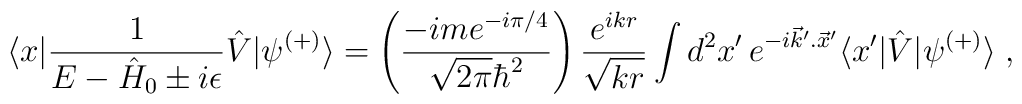
\langle x|\frac{1}{E-\hat H_0\pm i\epsilon}\hat V|\psi^{(+)}\rangle=        \left(        \frac{-ime^{-i\pi/4}}{\sqrt{2\pi}\hbar^2}\right)\frac{e^{ikr}}{        \sqrt{kr}}\int d^2x'\,e^{-i\vec k'.\vec x'}\langle x'|\hat V|        \psi^{(+)}\rangle\;,